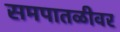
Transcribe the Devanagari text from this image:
समपातळीवर